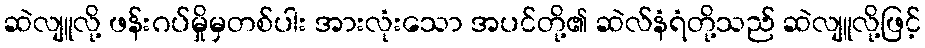
ဆဲလျူလို့ ဖန်းဂပ်မှိုမှတစ်ပါး အားလုံးသော အပင်တို့၏ ဆဲလ်နံရံတို့သည် ဆဲလျူလို့ဖြင့်